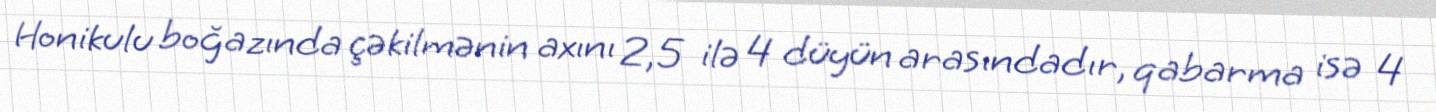
Honikulu boğazında çəkilmənin axını 2,5 ilə 4 düyün arasındadır, qabarma isə 4